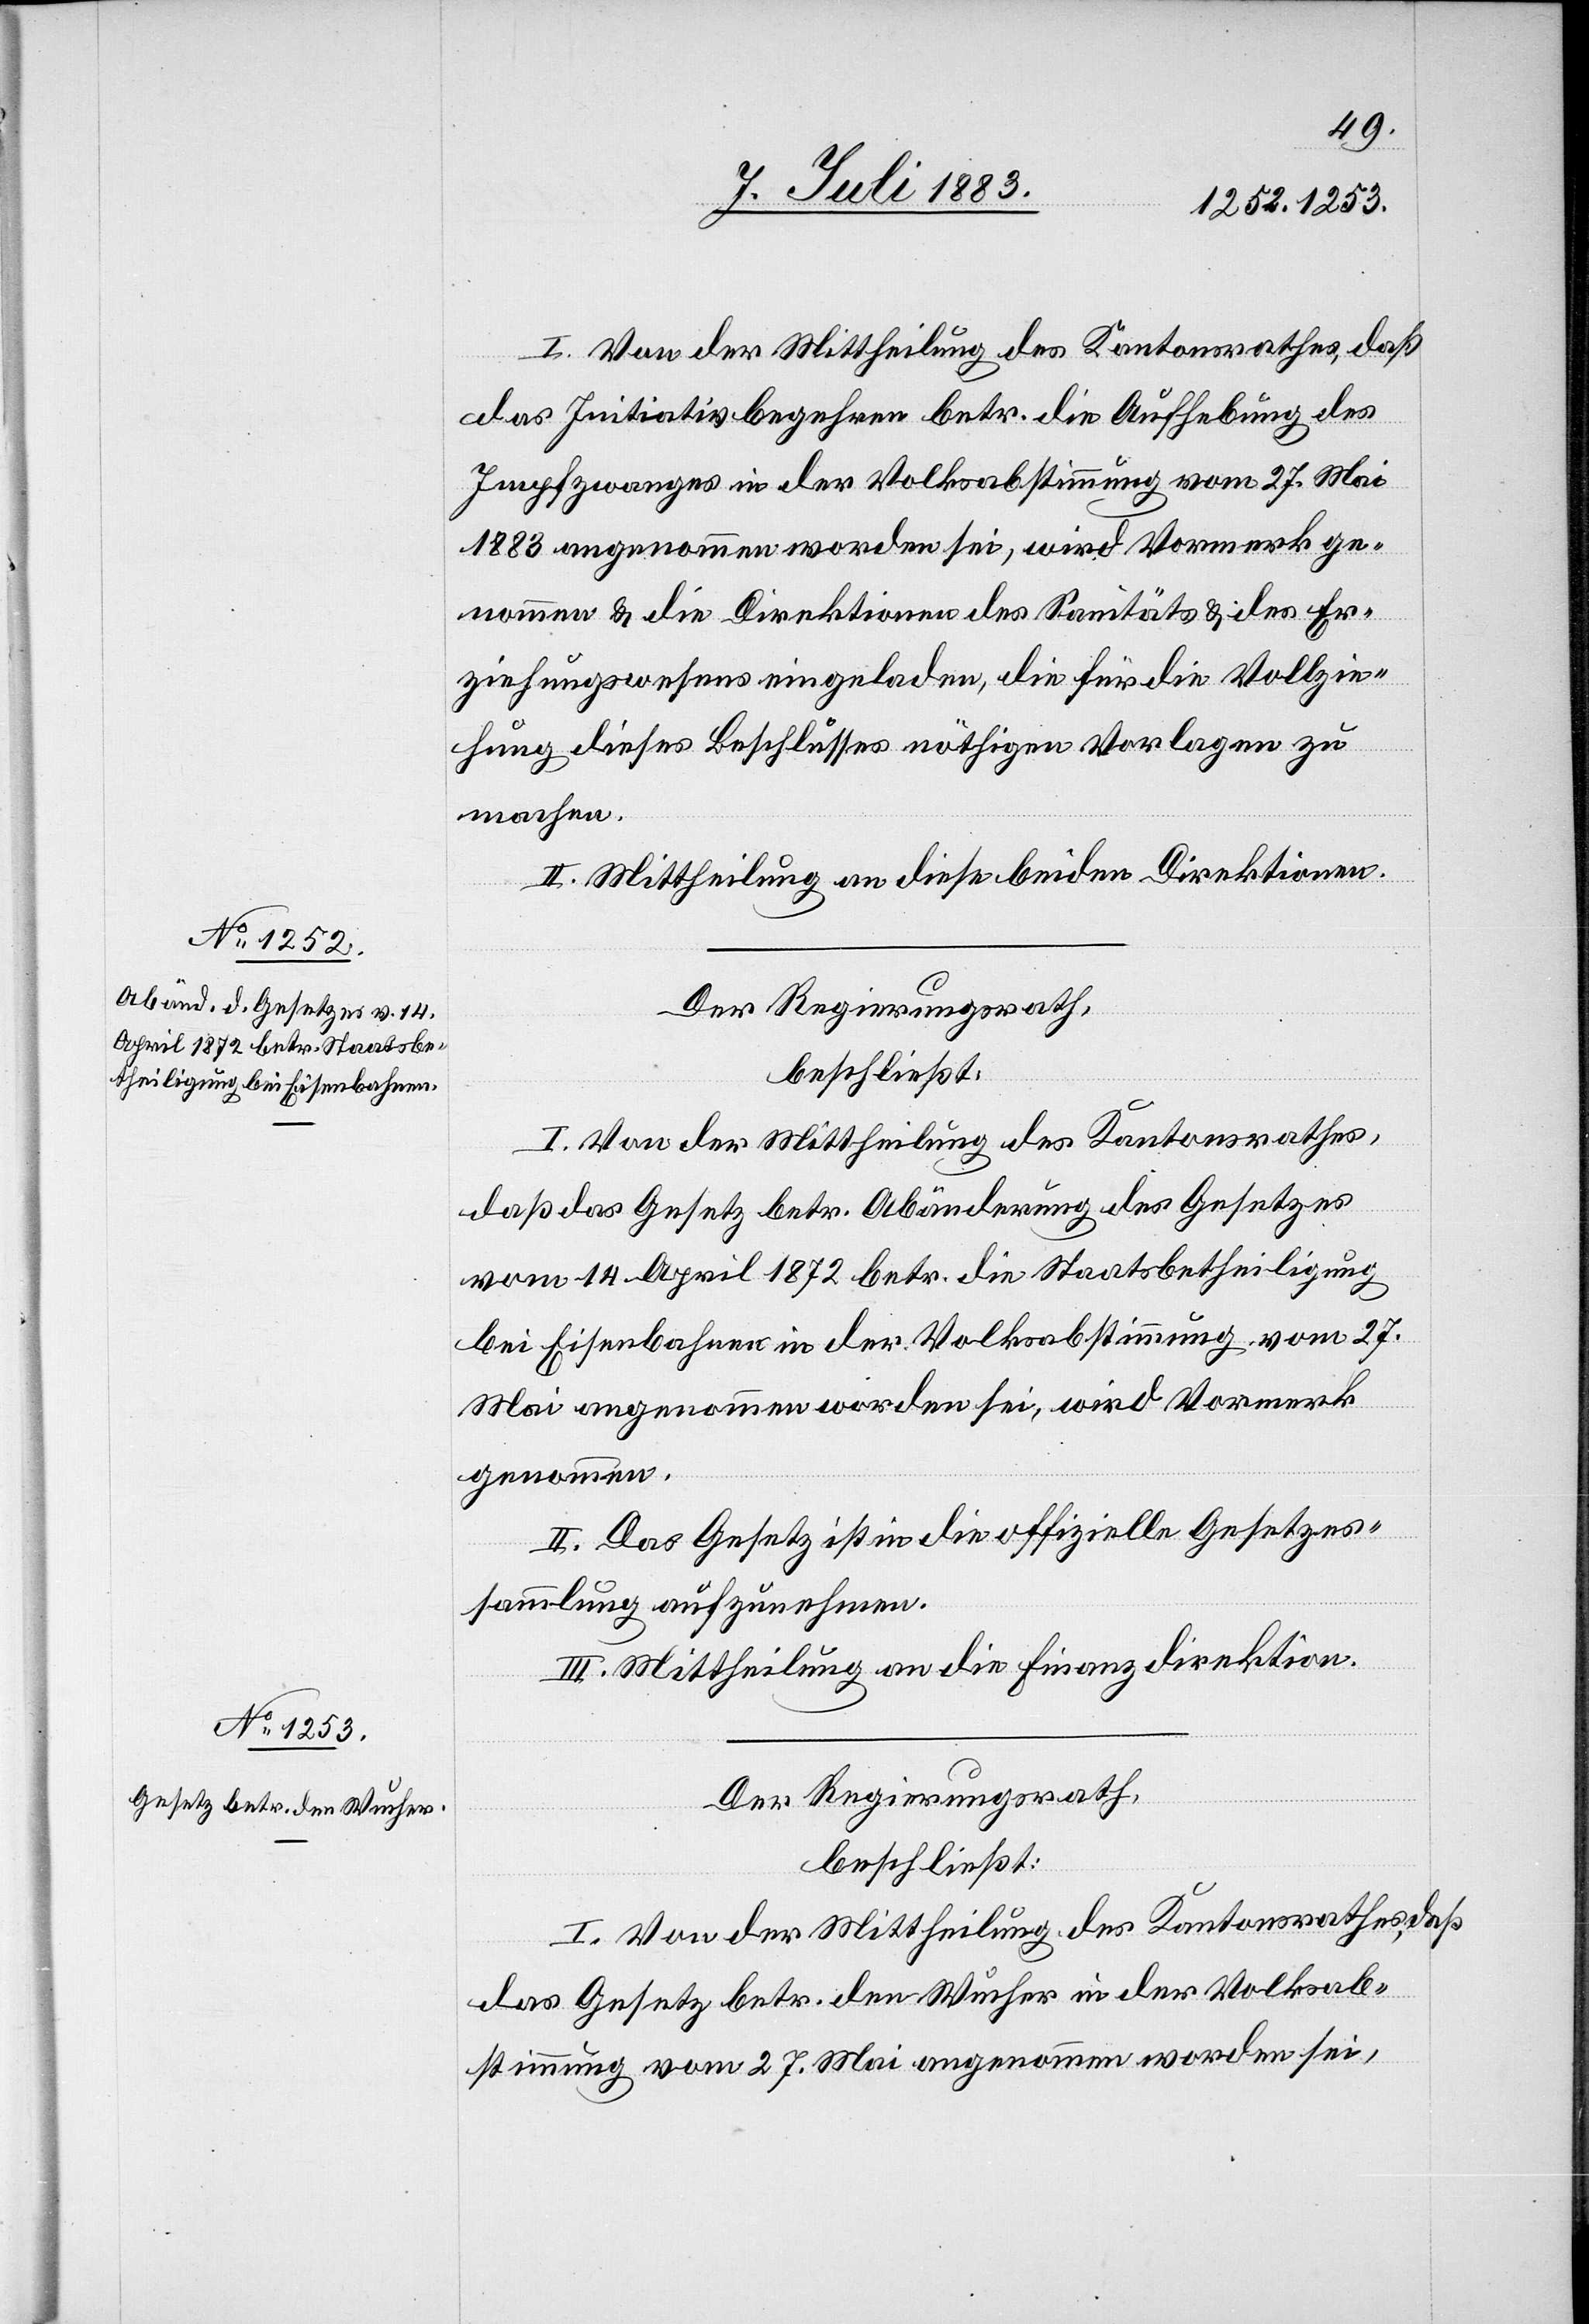
I. Von der Mittheilung des Kantonsrathes, daß
das Initiativbegehren betr. die Aufhebung des
Impfzwanges in der Volksabstimmung vom 27. Mai
1883 angenommen worden sei, wird Vormerk ge¬
nommen & die Direktionen des Sanitäts[-] & des Er¬
ziehungswesens eingeladen, die für die Vollzie¬
hung dieses Beschlusses nöthigen Vorlagen zu
machen.
II. Mittheilung an diese beiden Direktionen.
Der Regierungsrath
beschließt:
I. Von der Mittheilung des Kantonsrathes,
daß das Gesetz betr. Abänderung des Gesetzes
vom 14. April 1872 betr. die Staatsbetheiligung
bei Eisenbahnen in der Volksabstimmung vom 27.
Mai angenommen worden sei, wird Vormerk
genommen.
II. Das Gesetz ist in die offizielle Gesetzes¬
sammlung aufzunehmen.
III. Mittheilung an die Finanzdirektion.
Der Regierungsrath
beschließt:
das Gesetz betr. den Wucher in der Volksab¬
stimmung vom 27. Mai angenommen worden sei,